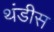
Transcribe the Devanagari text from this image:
थंडीस